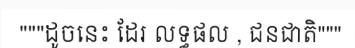
"""ដូចនេះ ដែរ លទ្ធផល , ជនជាតិ"""